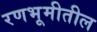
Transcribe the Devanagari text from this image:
रणभूमीतील